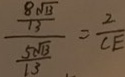
\frac { \frac { 8 \sqrt { 1 3 } } { 1 3 } } { \frac { 5 \sqrt { 1 3 } } { 1 3 } } = \frac { 2 } { C E }